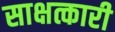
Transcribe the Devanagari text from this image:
साक्षत्कारी